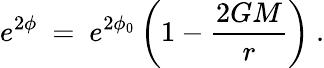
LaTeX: e^{2\phi}~=~e^{2\phi_{0}}\left(1-\frac{2GM}{r}\right)~.